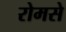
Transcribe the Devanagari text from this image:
रोमसे